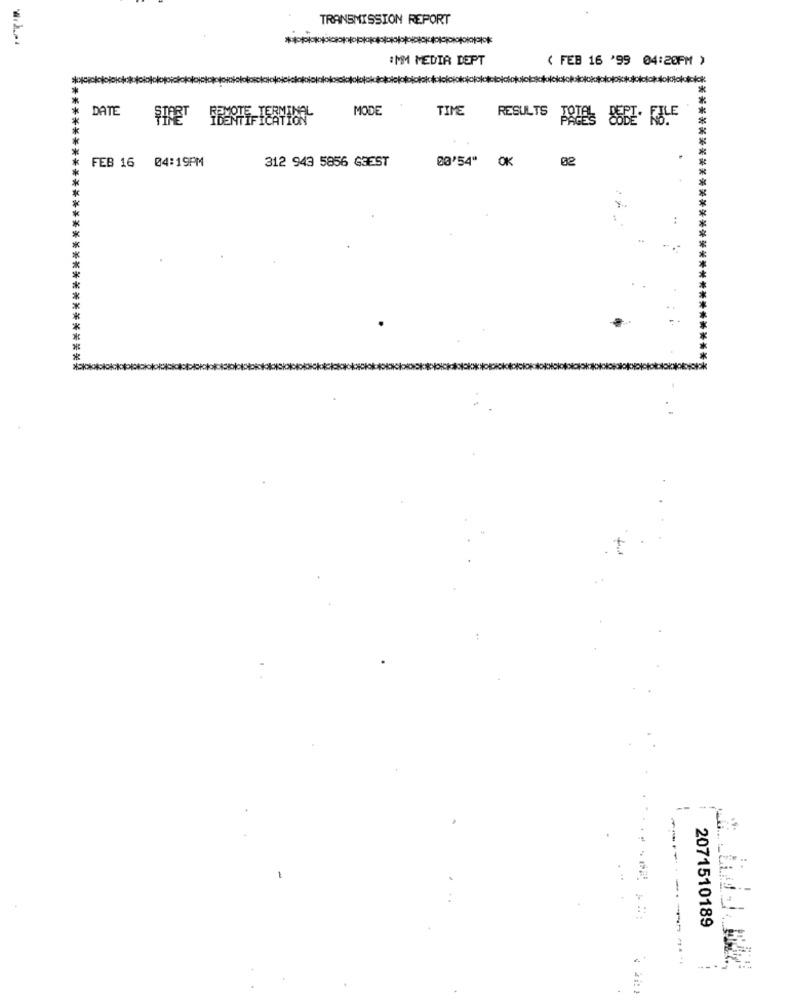
TRANSMISSION REPORT
:MM MEDIR DEPT
( FEB 16 '99 04:20PM )
*****
DATE
MODE
TIME
RESULTS
ARTES 88BE- RULE
FEB 16
04:19PM
312 943 5856 G3EST
00'54" OK
02
:
************************
****************************
--
2071510189
....